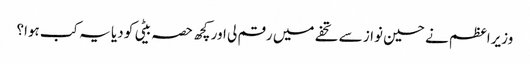
وزیراعظم نے حسین نواز سے تحفے میں رقم لی اور کچھ حصہ بیٹی کو دیا یہ کب ہوا؟